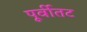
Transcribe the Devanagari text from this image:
पूर्वीतट